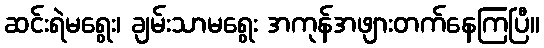
ဆင်းရဲမရွေး၊ ချမ်းသာမရွေး အကုန်အဖျားတက်နေကြပြီ။